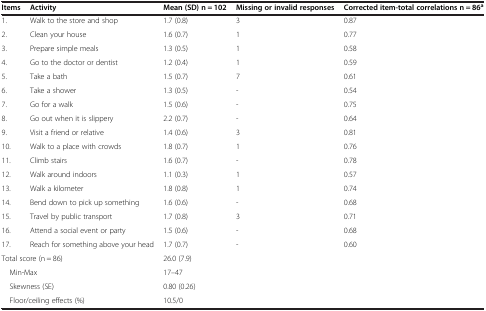
| Items | Activity | Mean (SD) n = 102 | Missing or invalid responses | Corrected item-total correlations n = 86a |
 | --- | --- | --- | --- | --- |
 | 1. | Walk to the store and shop | 1.7 (0.8) | 3 | 0.87 |
 | 2. | Clean your house | 1.6 (0.7) | 1 | 0.77 |
 | 3. | Prepare simple meals | 1.3 (0.5) | 1 | 0.58 |
 | 4. | Go to the doctor or dentist | 1.2 (0.4) | 1 | 0.59 |
 | 5. | Take a bath | 1.5 (0.7) | 7 | 0.61 |
 | 6. | Take a shower | 1.3 (0.5) | - | 0.54 |
 | 7. | Go for a walk | 1.5 (0.6) | - | 0.75 |
 | 8. | Go out when it is slippery | 2.2 (0.7) | - | 0.64 |
 | 9. | Visit a friend or relative | 1.4 (0.6) | 3 | 0.81 |
 | 10. | Walk to a place with crowds | 1.8 (0.7) | 1 | 0.76 |
 | 11. | Climb stairs | 1.6 (0.7) | - | 0.78 |
 | 12. | Walk around indoors | 1.1 (0.3) | 1 | 0.57 |
 | 13. | Walk a kilometer | 1.8 (0.8) | 1 | 0.74 |
 | 14. | Bend down to pick up something | 1.6 (0.6) | - | 0.68 |
 | 15. | Travel by public transport | 1.7 (0.8) | 3 | 0.71 |
 | 16. | Attend a social event or party | 1.5 (0.6) | - | 0.68 |
 | 17. | Reach for something above your head | 1.7 (0.7) | - | 0.60 |
 | <COLSPAN=2> Total score (n = 86) | <COLSPAN=3> 26.0 (7.9) |
 | <COLSPAN=2> Min-Max | <COLSPAN=3> 17–47 |
 | <COLSPAN=2> Skewness (SE) | <COLSPAN=3> 0.80 (0.26) |
 | <COLSPAN=2> Floor/ceiling effects (%) | <COLSPAN=3> 10.5/0 |